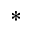
^ \ast